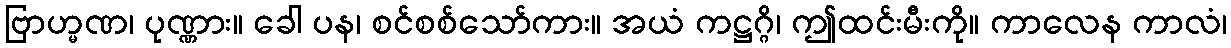
ဗြာဟ္မဏ၊ ပုဏ္ဏား။ ခေါ ပန၊ စင်စစ်သော်ကား။ အယံ ကဋ္ဌဂ္ဂိ၊ ဤထင်းမီးကို။ ကာလေန ကာလံ၊